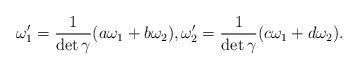
LaTeX: \begin{align*}\omega_1'=\frac{1}{\det\gamma}(a\omega_1+b\omega_2),\omega_2'=\frac{1}{\det\gamma}(c\omega_1+d\omega_2).\end{align*}